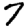
Digit: 7